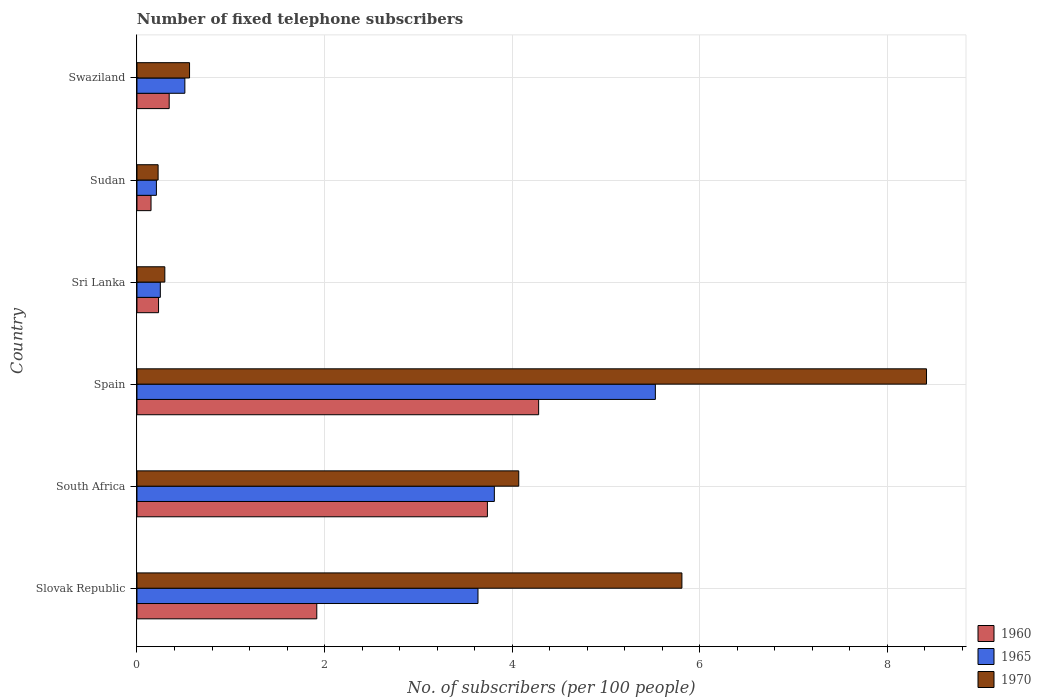
| Country | 1960 | 1965 | 1970 |
 | --- | --- | --- | --- |
 | Slovak Republic | 1.92 | 3.64 | 5.81 |
 | South Africa | 3.74 | 3.81 | 4.07 |
 | Spain | 4.28 | 5.53 | 8.42 |
 | Sri Lanka | 0.23 | 0.249 | 0.297 |
 | Sudan | 0.15 | 0.207 | 0.226 |
 | Swaziland | 0.344 | 0.511 | 0.561 |